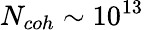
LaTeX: N_{coh}\sim 10^{13}